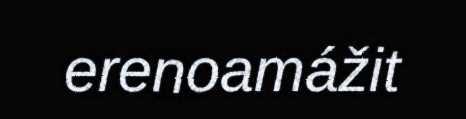
erenoamážit